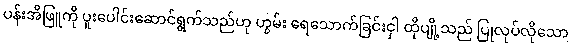
ပန်းအိဖြူကို ပူးပေါင်းဆောင်ရွက်သည်ဟု ဟွမ်း ရေသောက်ခြင်းငှါ ထိုပျို့သည် ပြုလုပ်လိုသော